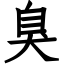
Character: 臭